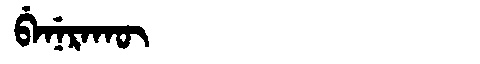
Manchu: ᠪᡝᠨᡝᡵᠠᡴᡡ
Romanization: BENERAKŪ